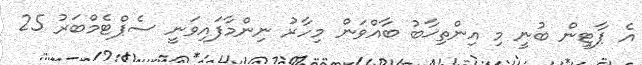
އެ ޕާޓީން ބުނީ މި އިންތިޚާބު ބާއްވަން މިހާރު ނިންމާފައިވަނީ ސެޕްޓެމްބަރު 25